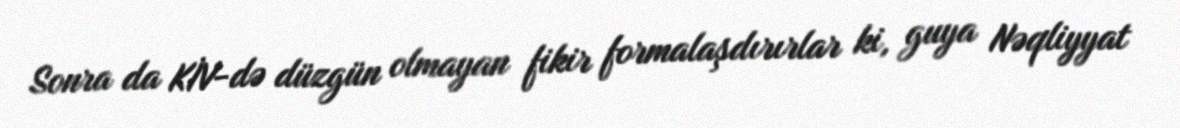
Sonra da KİV-də düzgün olmayan fikir formalaşdırırlar ki, guya Nəqliyyat